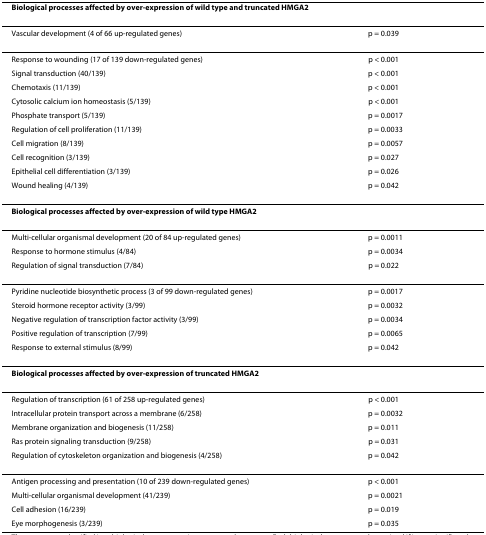
<table><thead><tr><td colspan="2"><b>Biological processes affected by over-expression of wild type and truncated HMGA2</b></td></tr></thead><tbody><tr><td>Vascular development (4 of 66 up-regulated genes)</td><td>p = 0.039</td></tr><tr><td>Response to wounding (17 of 139 down-regulated genes)</td><td>p &lt; 0.001</td></tr><tr><td>Signal transduction (40/139)</td><td>p &lt; 0.001</td></tr><tr><td>Chemotaxis (11/139)</td><td>p &lt; 0.001</td></tr><tr><td>Cytosolic calcium ion homeostasis (5/139)</td><td>p &lt; 0.001</td></tr><tr><td>Phosphate transport (5/139)</td><td>p = 0.0017</td></tr><tr><td>Regulation of cell proliferation (11/139)</td><td>p = 0.0033</td></tr><tr><td>Cell migration (8/139)</td><td>p = 0.0057</td></tr><tr><td>Cell recognition (3/139)</td><td>p = 0.027</td></tr><tr><td>Epithelial cell differentiation (3/139)</td><td>p = 0.026</td></tr><tr><td>Wound healing (4/139)</td><td>p = 0.042</td></tr><tr><td colspan="2"><b>Biological processes affected by over-expression of wild type HMGA2</b></td></tr><tr><td>Multi-cellular organismal development (20 of 84 up-regulated genes)</td><td>p = 0.0011</td></tr><tr><td>Response to hormone stimulus (4/84)</td><td>p = 0.0034</td></tr><tr><td>Regulation of signal transduction (7/84)</td><td>p = 0.022</td></tr><tr><td>Pyridine nucleotide biosynthetic process (3 of 99 down-regulated genes)</td><td>p = 0.0017</td></tr><tr><td>Steroid hormone receptor activity (3/99)</td><td>p = 0.0032</td></tr><tr><td>Negative regulation of transcription factor activity (3/99)</td><td>p = 0.0034</td></tr><tr><td>Positive regulation of transcription (7/99)</td><td>p = 0.0065</td></tr><tr><td>Response to external stimulus (8/99)</td><td>p = 0.042</td></tr><tr><td colspan="2"><b>Biological processes affected by over-expression of truncated HMGA2</b></td></tr><tr><td>Regulation of transcription (61 of 258 up-regulated genes)</td><td>p &lt; 0.001</td></tr><tr><td>Intracellular protein transport across a membrane (6/258)</td><td>p = 0.0032</td></tr><tr><td>Membrane organization and biogenesis (11/258)</td><td>p = 0.011</td></tr><tr><td>Ras protein signaling transduction (9/258)</td><td>p = 0.031</td></tr><tr><td>Regulation of cytoskeleton organization and biogenesis (4/258)</td><td>p = 0.042</td></tr><tr><td>Antigen processing and presentation (10 of 239 down-regulated genes)</td><td>p &lt; 0.001</td></tr><tr><td>Multi-cellular organismal development (41/239)</td><td>p = 0.0021</td></tr><tr><td>Cell adhesion (16/239)</td><td>p = 0.019</td></tr><tr><td>Eye morphogenesis (3/239)</td><td>p = 0.035</td></tr></tbody></table>